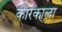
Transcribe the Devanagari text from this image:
कारकाला